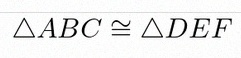
\triangle ABC\cong\triangle DEF